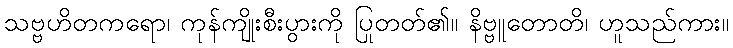
သဗ္ဗဟိတကရော၊ ကုန်ကျိုးစီးပွားကို ပြုတတ်၏။ နိဗ္ဗူတောတိ၊ ဟူသည်ကား။